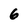
Character: 6